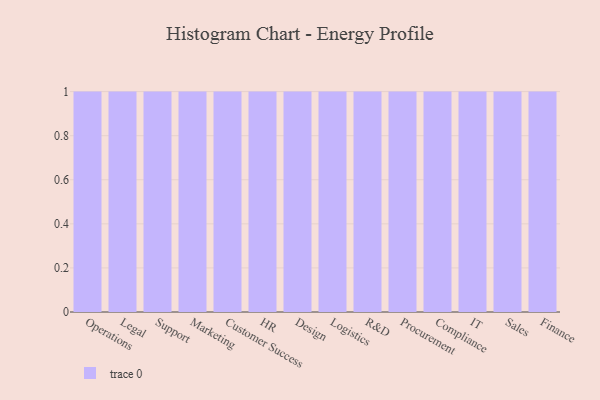
{"axis": {"x": "Department", "y": "Market Share (%)"}, "legend": [""], "data": [{"x": "Operations", "y": 2, "type": ""}, {"x": "Legal", "y": 80, "type": ""}, {"x": "Support", "y": 18, "type": ""}, {"x": "Marketing", "y": 20, "type": ""}, {"x": "Customer Success", "y": 45, "type": ""}, {"x": "HR", "y": 75, "type": ""}, {"x": "Design", "y": 5, "type": ""}, {"x": "Logistics", "y": 35, "type": ""}, {"x": "R&D", "y": 78, "type": ""}, {"x": "Procurement", "y": 68, "type": ""}, {"x": "Compliance", "y": 80, "type": ""}, {"x": "IT", "y": 21, "type": ""}, {"x": "Sales", "y": 53, "type": ""}, {"x": "Finance", "y": 58, "type": ""}]}